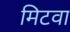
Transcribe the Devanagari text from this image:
मिटवा